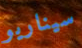
سيناريو